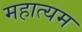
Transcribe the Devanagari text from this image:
महात्यम